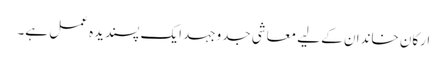
ارکان خاندان کے لیے معاشی جدوجہد ایک پسندیدہ عمل ہے۔